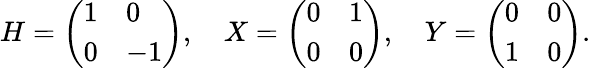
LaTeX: H={\left(\begin{array}{ll}{1}&{0}\\ {0}&{-1}\end{array}\right)},\quad X={\left(\begin{array}{ll}{0}&{1}\\ {0}&{0}\end{array}\right)},\quad Y={\left(\begin{array}{ll}{0}&{0}\\ {1}&{0}\end{array}\right)}.